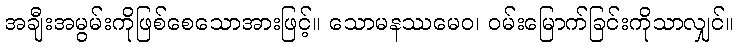
အချီးအမွမ်းကိုဖြစ်စေသောအားဖြင့်။ သောမနဿမေဝ၊ ဝမ်းမြောက်ခြင်းကိုသာလျှင်။